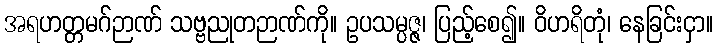
အရဟတ္တမဂ်ဉာဏ် သဗ္ဗညုတဉာဏ်ကို။ ဥပသမ္ပဇ္ဇ၊ ပြည့်စေ၍။ ဝိဟရိတုံ၊ နေခြင်းငှာ။